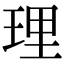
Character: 理